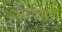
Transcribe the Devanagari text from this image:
धरमशी